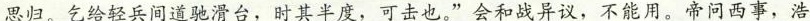
思归。乞给轻兵间道驰滑台，时其半度，可击也。”会和战异议，不能用。帝问西事，浩